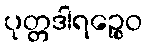
ပုတ္တဒါရဉ္စေဝ